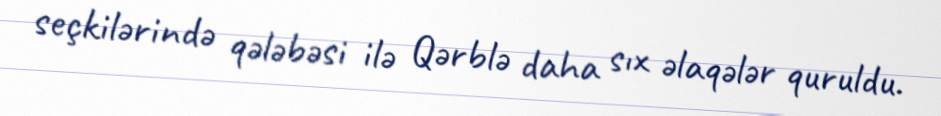
seçkilərində qələbəsi ilə Qərblə daha sıx əlaqələr quruldu.